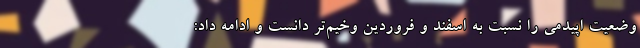
وضعیت اپیدمی را نسبت به اسفند و فروردین وخیم‌تر دانست و ادامه داد: